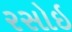
રસોઇ